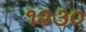
૧૨૩૦